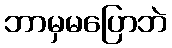
ဘာမှမပြောဘဲ